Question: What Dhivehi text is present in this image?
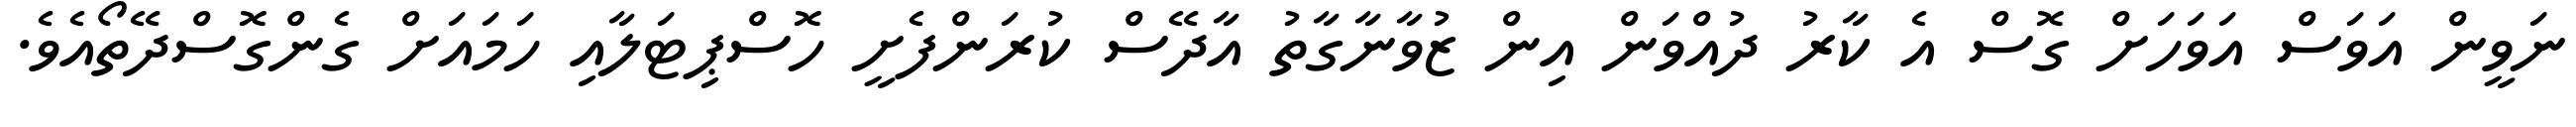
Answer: ނަވީން އަވަސް އަވަހަށް ގޮސް އެ ކާރު ދުއްވަން އިން ޒުވާނާގާތު އާދޭސް ކުރަންފެށީ ހޮސްޕިޓަލާއި ހަމައަށް ގެންގޮސްދޭތޯއެވެ.